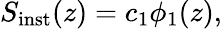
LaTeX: S_{\mathrm{inst}}(z)=c_{1}\phi_{1}(z),